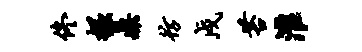
佟掘鼎彷戍苔淮